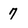
Character: 7